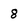
Character: 8